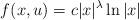
LaTeX: \begin{align*}f(x,u)=c |x|^{\lambda} \ln |x|\end{align*}